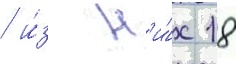
/ и́з н'и́х 18